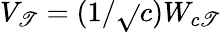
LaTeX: V_{\mathscr{T}}=(1/{\sqrt{}{{c}}})W_{c\mathscr{T}}